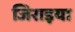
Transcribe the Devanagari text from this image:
जिराइया